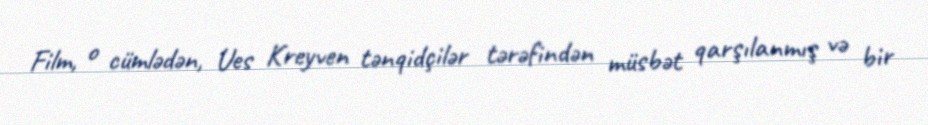
Film, o cümlədən, Ues Kreyven tənqidçilər tərəfindən müsbət qarşılanmış və bir